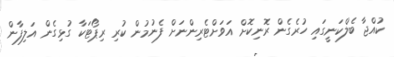
ކުއްޖާ ބެލްކަނީގައި ހުރެގެން ރޮނިކޮށް އަވަށްޓެރިންނަށް ފެނުމުން ކުރި ރިޕޯޓަކާ ގުޅިގެން އަލިފާން